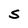
Character: S